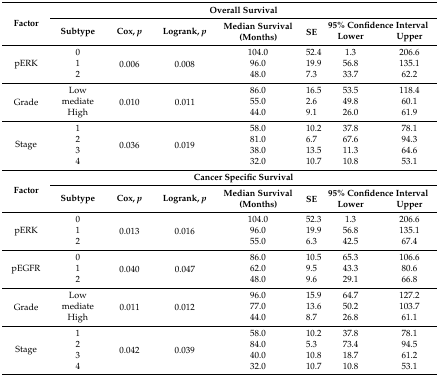
<table><thead><tr><td rowspan="3"><b>Factor</b></td><td colspan="7"><b>Overall Survival</b></td></tr><tr><td rowspan="2"><b>Subtype</b></td><td rowspan="2"><b>Cox, <i>p</i></b></td><td rowspan="2"><b>Logrank, <i>p</i></b></td><td rowspan="2"><b>Median Survival (Months)</b></td><td rowspan="2"><b>SE</b></td><td colspan="2"><b>95% Confidence Interval</b></td></tr><tr><td><b>Lower</b></td><td><b>Upper</b></td></tr></thead><tbody><tr><td rowspan="3">pERK</td><td>0</td><td rowspan="3">0.006</td><td rowspan="3">0.008</td><td>104.0</td><td>52.4</td><td>1.3</td><td>206.6</td></tr><tr><td>1</td><td>96.0</td><td>19.9</td><td>56.8</td><td>135.1</td></tr><tr><td>2</td><td>48.0</td><td>7.3</td><td>33.7</td><td>62.2</td></tr><tr><td rowspan="3">Grade</td><td>Low</td><td rowspan="3">0.010</td><td rowspan="3">0.011</td><td>86.0</td><td>16.5</td><td>53.5</td><td>118.4</td></tr><tr><td>mediate</td><td>55.0</td><td>2.6</td><td>49.8</td><td>60.1</td></tr><tr><td>High</td><td>44.0</td><td>9.1</td><td>26.0</td><td>61.9</td></tr><tr><td rowspan="4">Stage</td><td>1</td><td rowspan="4">0.036</td><td rowspan="4">0.019</td><td>58.0</td><td>10.2</td><td>37.8</td><td>78.1</td></tr><tr><td>2</td><td>81.0</td><td>6.7</td><td>67.6</td><td>94.3</td></tr><tr><td>3</td><td>38.0</td><td>13.5</td><td>11.3</td><td>64.6</td></tr><tr><td>4</td><td>32.0</td><td>10.7</td><td>10.8</td><td>53.1</td></tr><tr><td rowspan="3"><b>Factor</b></td><td colspan="7"><b>Cancer Specific Survival</b></td></tr><tr><td rowspan="2"><b>Subtype</b></td><td rowspan="2"><b>Cox, <i>p</i></b></td><td rowspan="2"><b>Logrank, <i>p</i></b></td><td rowspan="2"><b>Median Survival (Months)</b></td><td rowspan="2"><b>SE</b></td><td colspan="2"><b>95% Confidence Interval</b></td></tr><tr><td><b>Lower</b></td><td><b>Upper</b></td></tr><tr><td rowspan="3">pERK</td><td>0</td><td rowspan="3">0.013</td><td rowspan="3">0.016</td><td>104.0</td><td>52.3</td><td>1.3</td><td>206.6</td></tr><tr><td>1</td><td>96.0</td><td>19.9</td><td>56.8</td><td>135.1</td></tr><tr><td>2</td><td>55.0</td><td>6.3</td><td>42.5</td><td>67.4</td></tr><tr><td rowspan="3">pEGFR</td><td>0</td><td rowspan="3">0.040</td><td rowspan="3">0.047</td><td>86.0</td><td>10.5</td><td>65.3</td><td>106.6</td></tr><tr><td>1</td><td>62.0</td><td>9.5</td><td>43.3</td><td>80.6</td></tr><tr><td>2</td><td>48.0</td><td>9.6</td><td>29.1</td><td>66.8</td></tr><tr><td rowspan="3">Grade</td><td>Low</td><td rowspan="3">0.011</td><td rowspan="3">0.012</td><td>96.0</td><td>15.9</td><td>64.7</td><td>127.2</td></tr><tr><td>mediate</td><td>77.0</td><td>13.6</td><td>50.2</td><td>103.7</td></tr><tr><td>High</td><td>44.0</td><td>8.7</td><td>26.8</td><td>61.1</td></tr><tr><td rowspan="4">Stage</td><td>1</td><td rowspan="4">0.042</td><td rowspan="4">0.039</td><td>58.0</td><td>10.2</td><td>37.8</td><td>78.1</td></tr><tr><td>2</td><td>84.0</td><td>5.3</td><td>73.4</td><td>94.5</td></tr><tr><td>3</td><td>40.0</td><td>10.8</td><td>18.7</td><td>61.2</td></tr><tr><td>4</td><td>32.0</td><td>10.7</td><td>10.8</td><td>53.1</td></tr></tbody></table>